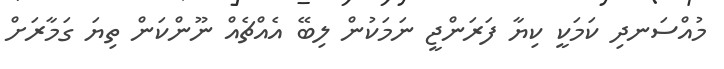
މުއްސަނދި ކަމަކީ ކިޔާ ފަރަންޖީ ނަމަކުން ލިބޭ އެއްޗެއް ނޫންކަން ތިޔަ ގަމާރަށް